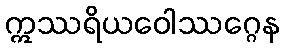
ဣဿရိယဝေါဿဂ္ဂေန